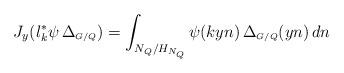
LaTeX: \begin{align*}J_y(l_k^*\psi \, \Delta_{\scriptscriptstyle G/Q} )=\int_{N_{Q}/H_{N_Q}} \psi(kyn)\,\Delta_{\scriptscriptstyle G/Q}(yn) \, dn\end{align*}